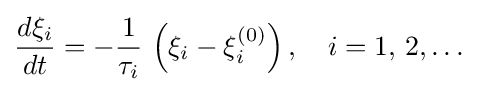
{\frac {d\xi _{i}}{dt}}=-{\frac {1}{\tau _{i}}}\,\left(\xi _{i}-\xi _{i}^{(0)}\right),\quad i=1,\,2,\ldots